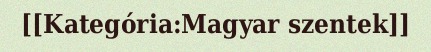
[[Kategória:Magyar szentek]]